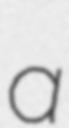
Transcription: a